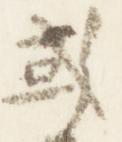
或